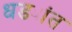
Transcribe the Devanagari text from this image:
धड्यांत